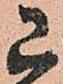
已